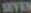
SEVEN